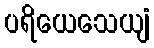
ပရိယေသေယျံ